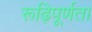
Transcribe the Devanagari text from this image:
रूढ़िपूर्णता